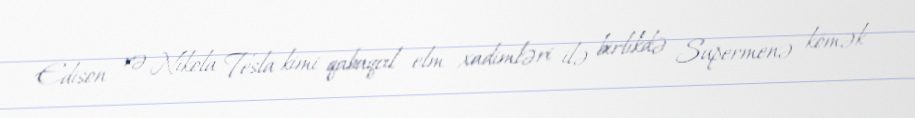
Edison və Nikola Tesla kimi qabaqcıl elm xadimləri ilə birlikdə Supermenə kömək